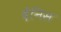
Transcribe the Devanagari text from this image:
देनिस